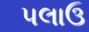
પલાઉ